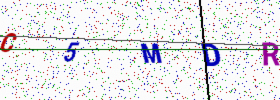
Text: C5MDR